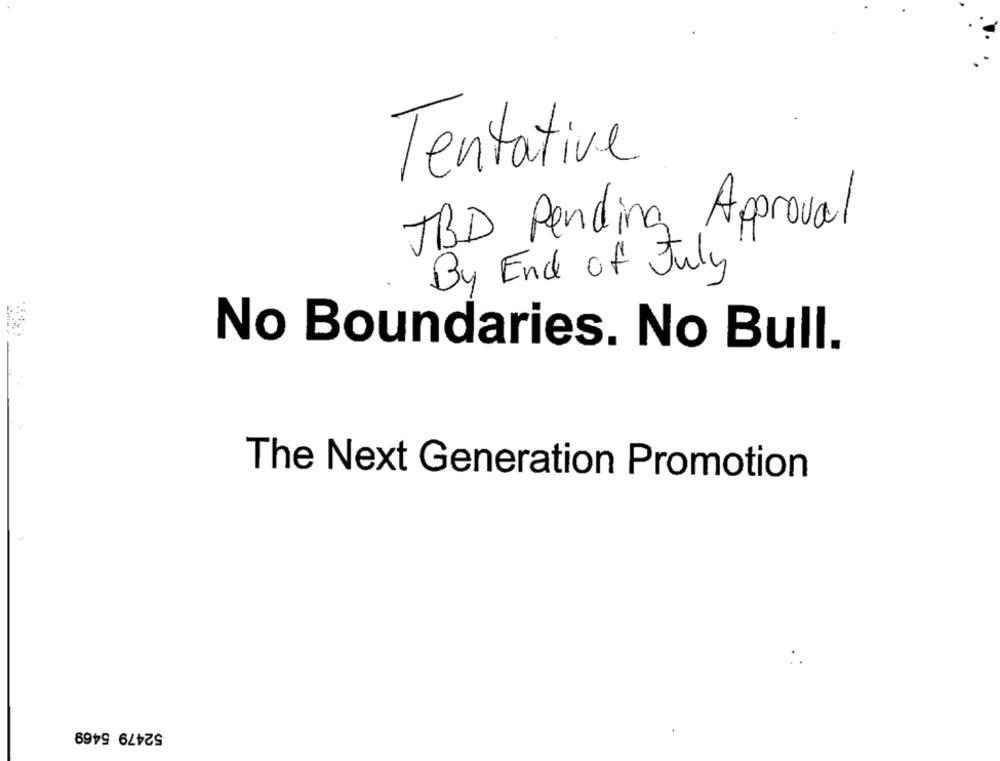
Tentative
JBD Pending Aproval
By End of July
No Boundaries. No Bull.
The Next Generation Promotion
52479 5469